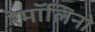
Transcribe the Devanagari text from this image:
रेमॉलिनो